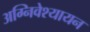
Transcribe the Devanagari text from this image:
अग्निवेश्यायन